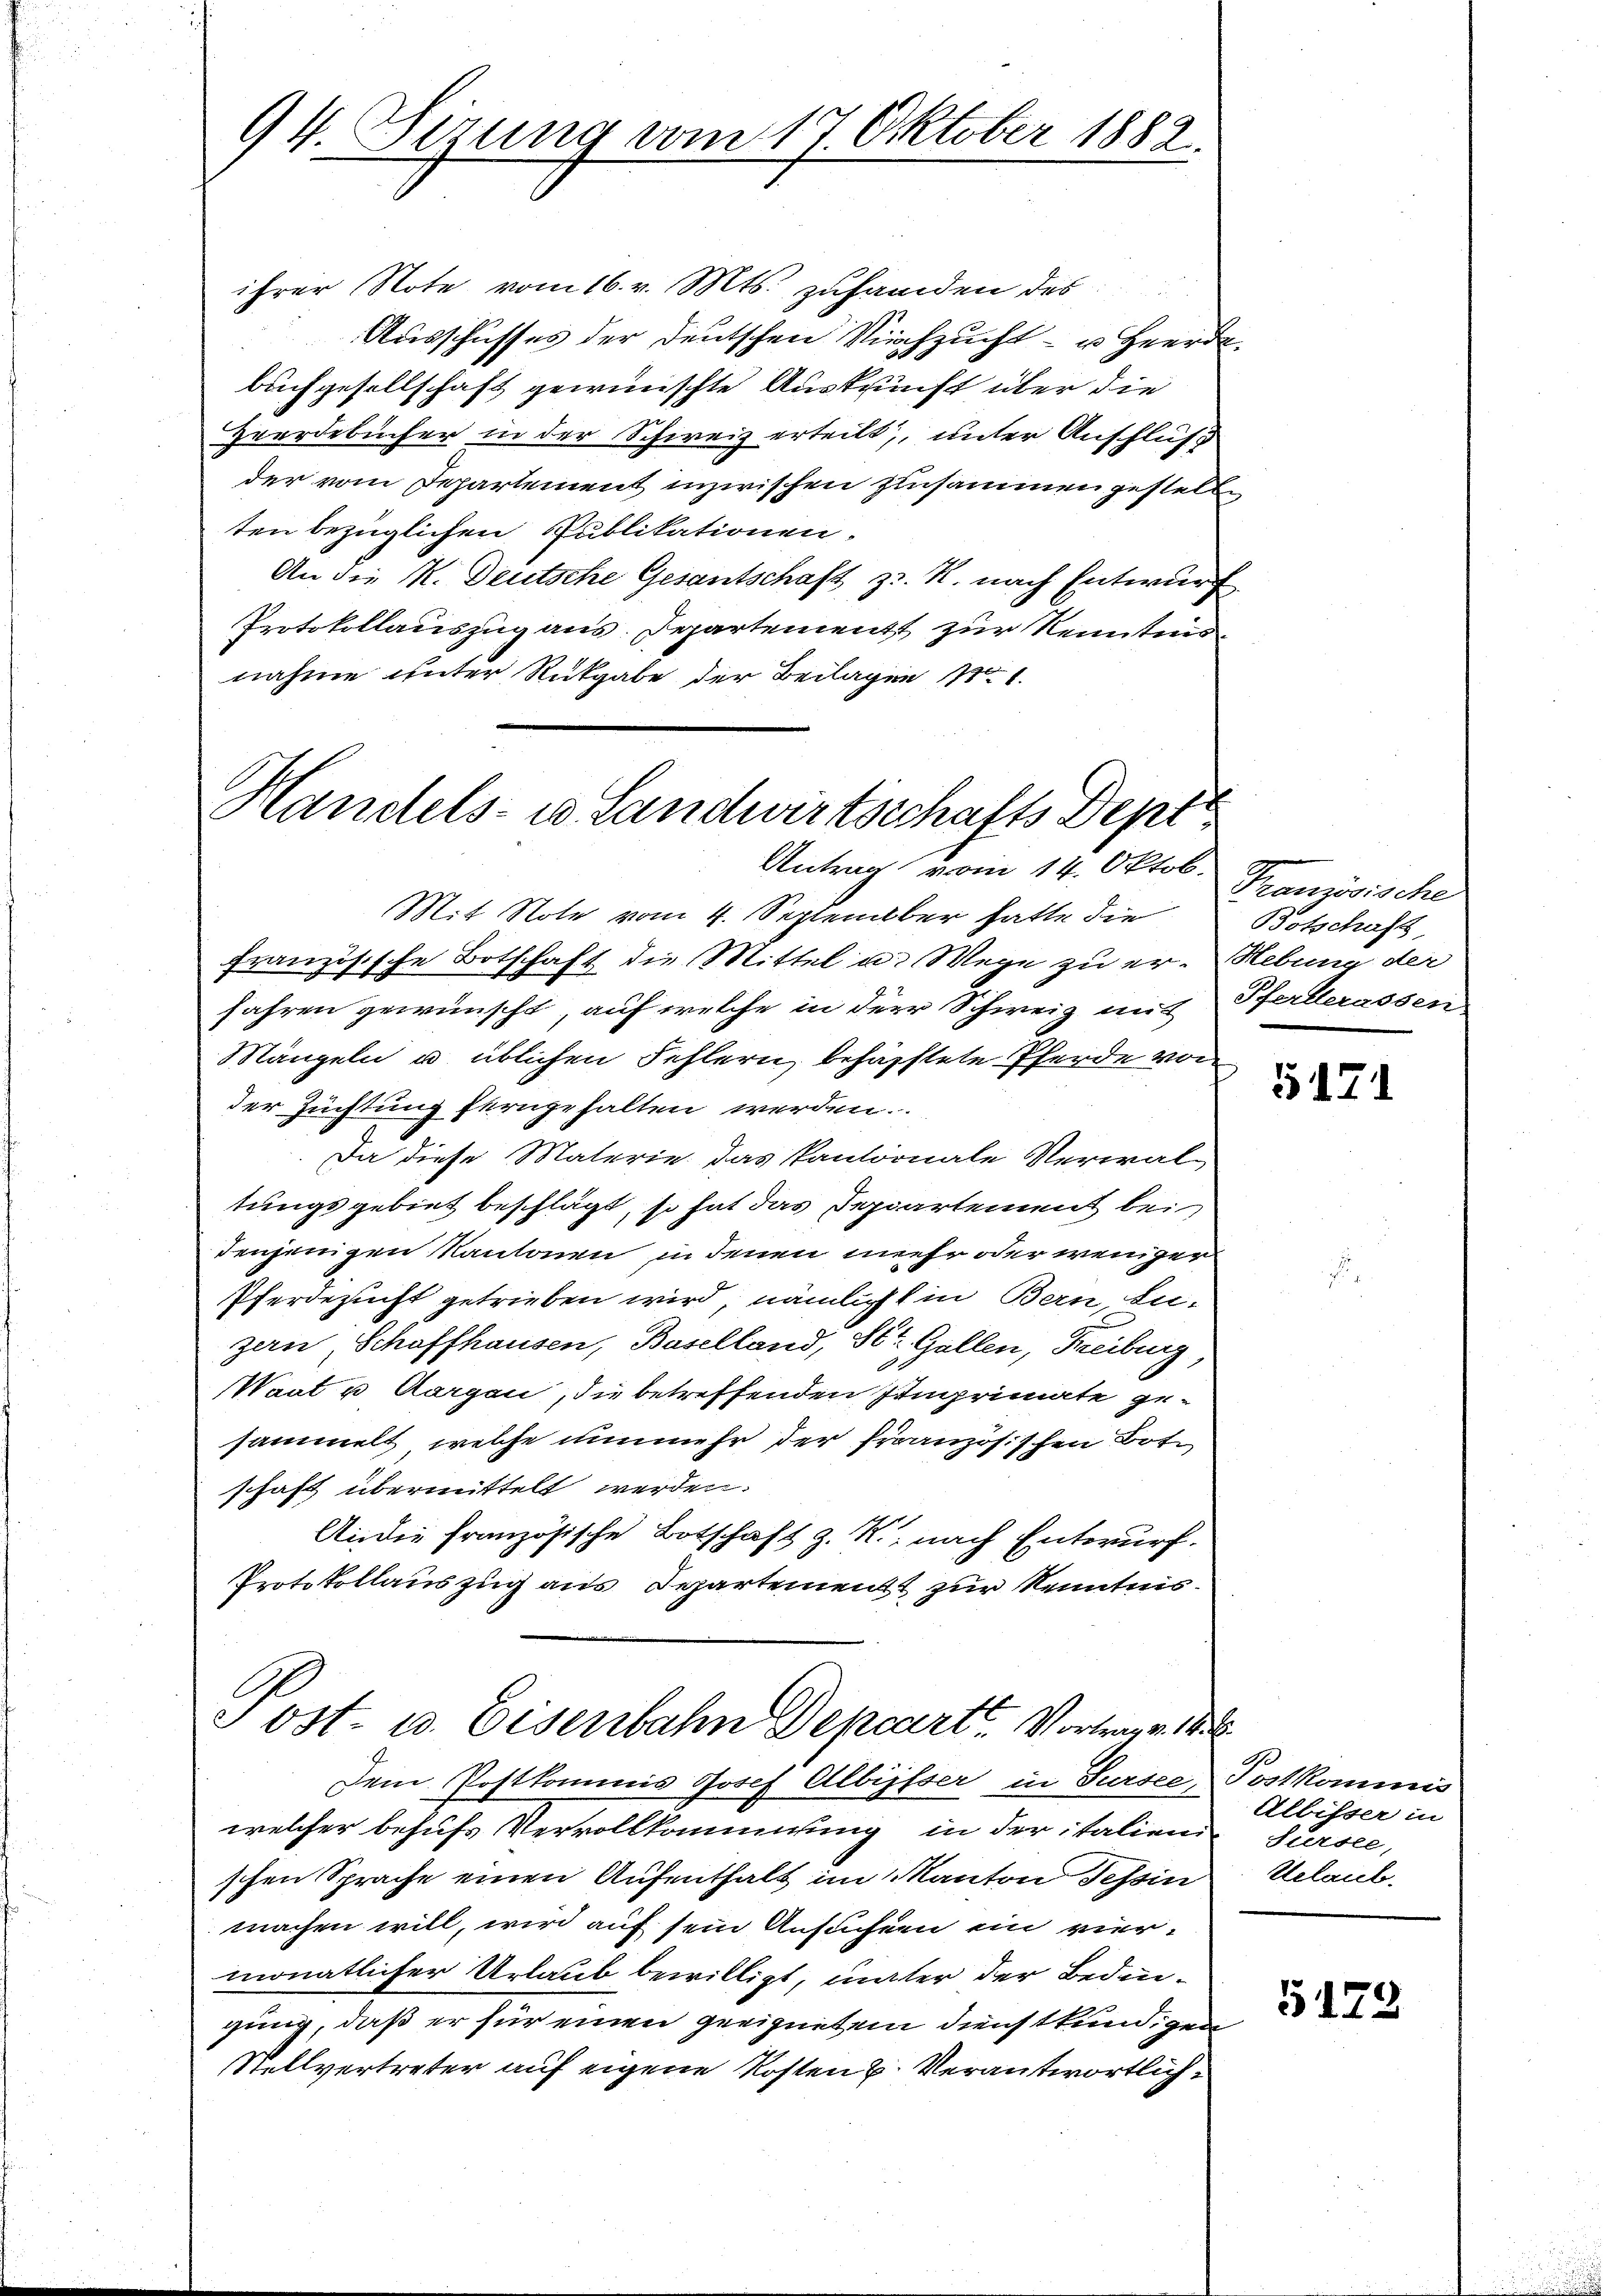
94. Sirung vom 17. Oktober 1882.

ihrer Note vom 16. v. Mts. zuhanden des
Ausschusses der deutschen Kirchsucht- u. Heerde.
buchgesellschaft gewünschte Auskunft über die
Hwerdebücher in der Schweiz erteilt, unter Anschluß
der vom Departement inzwischen Einsammen gestelle
ten bezüglichen Publikationen.
An die K. Deutsche Gesantschaft z. R. nach Entwurf
Protokollauszug aus. Departement zur Kenntnisnahme unter Rückgabe der Beilagen
Handels- u Landwirtschafts Dept

Antrag vom 14. Oktob. Französische
Mit Note vom 4. September hatte die
französische Botschaft die Mittel u. Wege zu er-Hebung der
fahren gewünscht, auf welche in der Schweiz mit Pferlerassen
Mängeln u. üblichen Fehlern, behäpftete Pferde von
der Zuchtung ferngehalten werden.
Da diese Materie das Kantornale Verwaltungsgebiet beschlägt, so hat das Separtement bei
denjenigen Kantonen in denen mehr oder weniger
Pferdezucht getrieben wird, nämlicht in Bern, zuzern, Schaffhausen, Baselland, St. Gallen, Freiburg,
Waat u Aargau, die betreffenden Imprimate gesammelt, welche nunmehr der Französischen Bote
schaft übermittelt werden.
An die französische Botschaft z. K. nach Entwurf.
Protokollauszug aus Separtement zur Kenntnis.

ost- u. Eisenbahn Depart. Vortrage

Dem Postkommis Josef Albisser in Sursee, Postkommis
welcher behufs Vervollkommung in der italien
schen Sprache einen Aufenthalt im Kanton Tessin
machen will, wird auf sein Ansuchen ein viermonatlicher Urlaub bewilligt, mater der Bedingung, daß er für einen geeignetem Dienstkund, zum
Stellvertreter auf eigene Kosten u. Verantwortlich¬

Botschaft,

5171

Albisser in
Fürste,
Uelaub.

5172